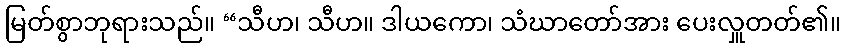
မြတ်စွာဘုရားသည်။ “သီဟ၊ သီဟ။ ဒါယကော၊ သံဃာတော်အား ပေးလှူတတ်၏။